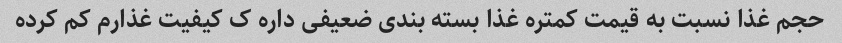
حجم غذا نسبت به قیمت کمتره غذا بسته بندی ضعیفی داره ک کیفیت غذارم کم کرده